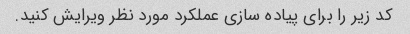
کد زیر را برای پیاده سازی عملکرد مورد نظر ویرایش کنید.